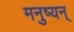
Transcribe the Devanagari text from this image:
मनुष्यन्